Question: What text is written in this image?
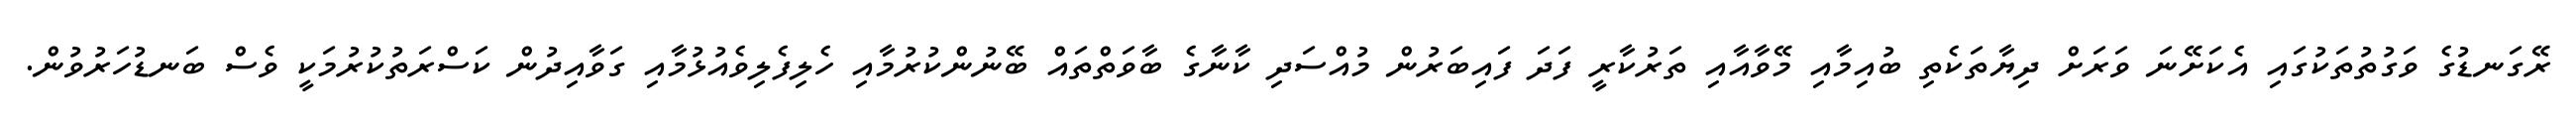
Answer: ރޭގަނޑުގެ ވަގުތުތަކުގައި އެކަށޭނަ ވަރަށް ދިޔާތަކެތި ބުއިމާއި މޭވާއާއި ތަރުކާރީ ފަދަ ފައިބަރުން މުއްސަދި ކާނާގެ ބާވަތްތައް ބޭނުންކުރުމާއި ހެލިފެލިވެއުޅުމާއި ގަވާއިދުން ކަސްރަތުކުރުމަކީ ވެސް ބަނޑުހަރުވުން.